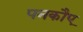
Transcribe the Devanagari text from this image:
पनकौए